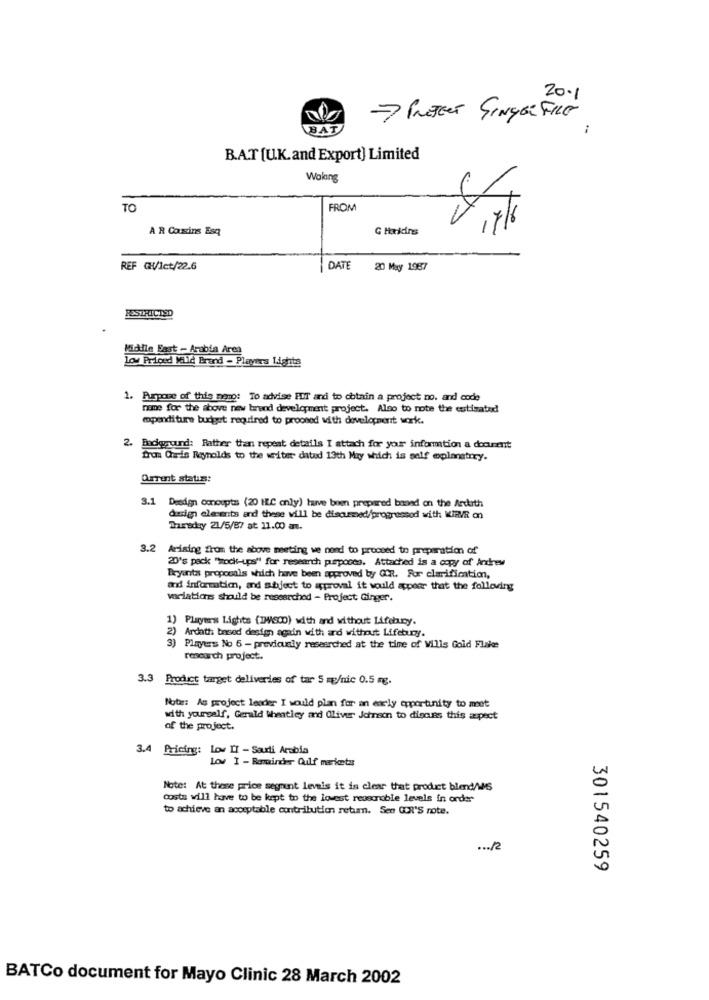
20.1
7 Prosent SINGER FILE
BAT
B.A.T [U.K.and Export) Limited
Woking
TO
FROM
A R Cousins Esq
G Harkins
REF CH/1ct/22.6
DATE
20 May 1987
RESTRICTED
Middle East - Arabia Area
Low Priced Kild Brand - Players Lights
1. Purpose of this meno: To advise HOT and to obtain a project no. and code
name for the above new brend development project. Also to note the estimated
mpenditure budget required to prooned with development work.
2. Endieguund: Rather than repeat details I attach for your information a document
fran Quis Reynolds to the writer dated 13th May which is self eplanetrry.
Orrent status:
3.1 Design Omnoupts (20 HLC only) have been prepared based on the Arckith
design ele-ents and these will be discurmed/progressod with KIBVR on
Thursday 21/5/87 at 11.00 an.
3.2
Arising from the above meeting we need to proceed to preparation of
20's pack "Wock-ups" for research purposes. Attached is a copy of Andres
Bryants proposals which have been approved by COR. For clarification,
and information, and subject to approval it would appear that the folleving
variations should be researched - Project Ginger.
1) Player's Lights (DVS00) with and without Lifehuny.
2) Ardath based design again with and without Lifebuny.
3) Players No 6 - previously researched at the time of Wills Gold Flakes
research project ..
3.3 Product target deliveries of tar 5 mg/nic 0.5 mg.
Nota: As project leader I would plan for an ely opportunity to met
with yourself, Gerald Whatley and Oliver Johnson to discuss this aspect
of the project.
3.4 Pricing: Lov II - Saudi Arabia
Lov I - Reminder Oulf markets
Note: At these price segment levels it is clear that product blend/WS
costa will have to be kept to the lowest reasonable levels in order"
to achieve an acceptable contribution retum. Sen COR'S note.
... /2
301540259
BATCo document for Mayo Clinic 28 March 2002